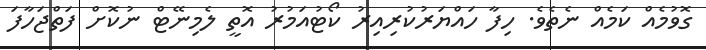
ގޮވުމެއް ކަމެއް ނެތެވެ. ހިފާ ހައްޔަރުކުރިއިރު ކޯޓުއަމުރު އޮތީ ލެމިނޭޓް ނުކޮށް ފަތްޖަހާފަ